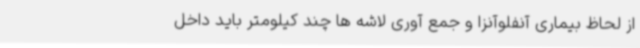
از لحاظ بیماری آنفلوآنزا و جمع آوری لاشه ها چند کیلومتر باید داخل